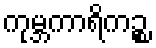
ကုမ္ဘကာရိကဉ္စ